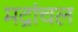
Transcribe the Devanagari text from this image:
मद्रांचल